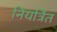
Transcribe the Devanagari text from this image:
नियत्रिंत